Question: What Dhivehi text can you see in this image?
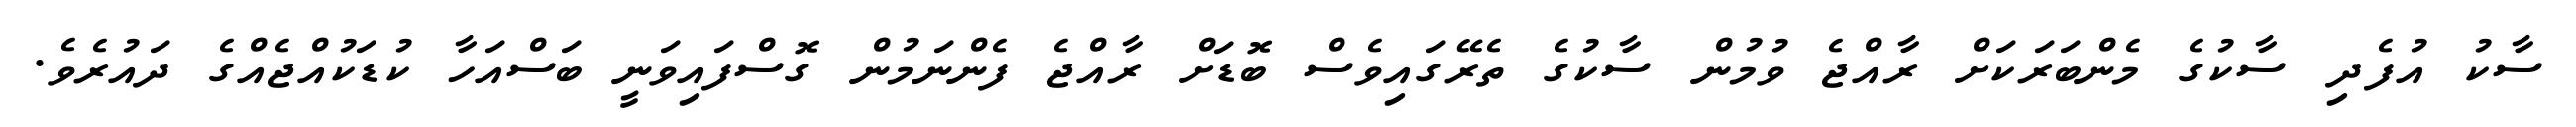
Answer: ސާކު އުފެދި ސާކުގެ މެންބަރަކަށް ރާއްޖެ ވުމުން ސާކުގެ ތެރޭގައިވެސް ބޮޑަށް ރާއްޖެ ފެންނަމުން ގޮސްފައިވަނީ ބަސްއަހާ ކުޑަކުއްޖެއްގެ ދައުރެވެ.